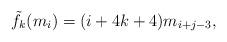
LaTeX: \begin{align*}\tilde f_k(m_i)=(i+4k+4)m_{i+j-3},\end{align*}